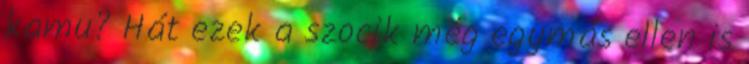
kamu? Hát ezek a szocik még egymás ellen is